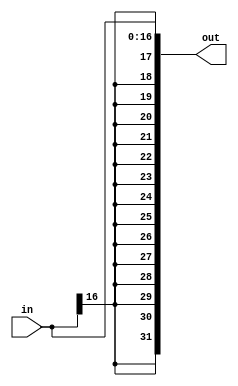
module sign_extend(in, out);

input [16:0] in;
output [31:0] out;

assign out[16:0] = in;
genvar c;
generate
 for(c=17; c<=31; c=c+1) begin: loop1
 assign out[c] = in[16];
 end
 endgenerate
endmodule